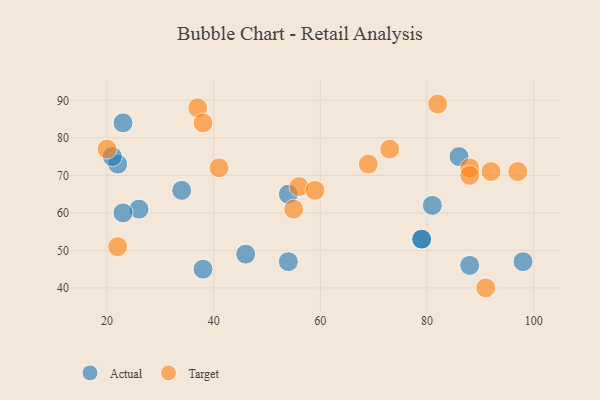
{"axis": {"x": "GDP", "y": "Life Expectancy"}, "legend": ["Actual", "Target"], "data": [{"x": "46", "y": 49, "type": "Actual"}, {"x": "26", "y": 61, "type": "Actual"}, {"x": "22", "y": 73, "type": "Actual"}, {"x": "21", "y": 75, "type": "Actual"}, {"x": "23", "y": 84, "type": "Actual"}, {"x": "54", "y": 47, "type": "Actual"}, {"x": "79", "y": 53, "type": "Actual"}, {"x": "34", "y": 66, "type": "Actual"}, {"x": "86", "y": 75, "type": "Actual"}, {"x": "81", "y": 62, "type": "Actual"}, {"x": "38", "y": 45, "type": "Actual"}, {"x": "54", "y": 65, "type": "Actual"}, {"x": "79", "y": 53, "type": "Actual"}, {"x": "98", "y": 47, "type": "Actual"}, {"x": "23", "y": 60, "type": "Actual"}, {"x": "88", "y": 46, "type": "Actual"}, {"x": "37", "y": 88, "type": "Target"}, {"x": "91", "y": 40, "type": "Target"}, {"x": "38", "y": 84, "type": "Target"}, {"x": "56", "y": 67, "type": "Target"}, {"x": "82", "y": 89, "type": "Target"}, {"x": "88", "y": 72, "type": "Target"}, {"x": "41", "y": 72, "type": "Target"}, {"x": "59", "y": 66, "type": "Target"}, {"x": "97", "y": 71, "type": "Target"}, {"x": "55", "y": 61, "type": "Target"}, {"x": "73", "y": 77, "type": "Target"}, {"x": "20", "y": 77, "type": "Target"}, {"x": "92", "y": 71, "type": "Target"}, {"x": "22", "y": 51, "type": "Target"}, {"x": "69", "y": 73, "type": "Target"}, {"x": "88", "y": 70, "type": "Target"}]}